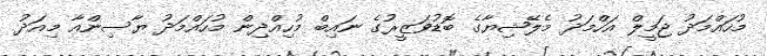
މުހައްމަދު ޖަމީލް އަހްމަދު މެލޭޝިޔާގެ ބޮޑުވަޒީރުގެ ނައިބް މުހިއްދިން މުހައްމަދު ޔާސިންއާ މިއަދު